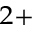
^ { 2 + }